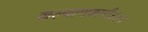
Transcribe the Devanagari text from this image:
कल्याणकारी॥३॥